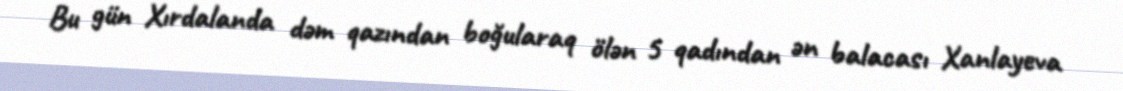
Bu gün Xırdalanda dəm qazından boğularaq ölən 5 qadından ən balacası Xanlayeva